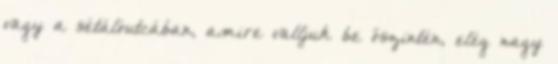
vagy a sétálóutcában, amire valljuk be őszintén, elég nagy